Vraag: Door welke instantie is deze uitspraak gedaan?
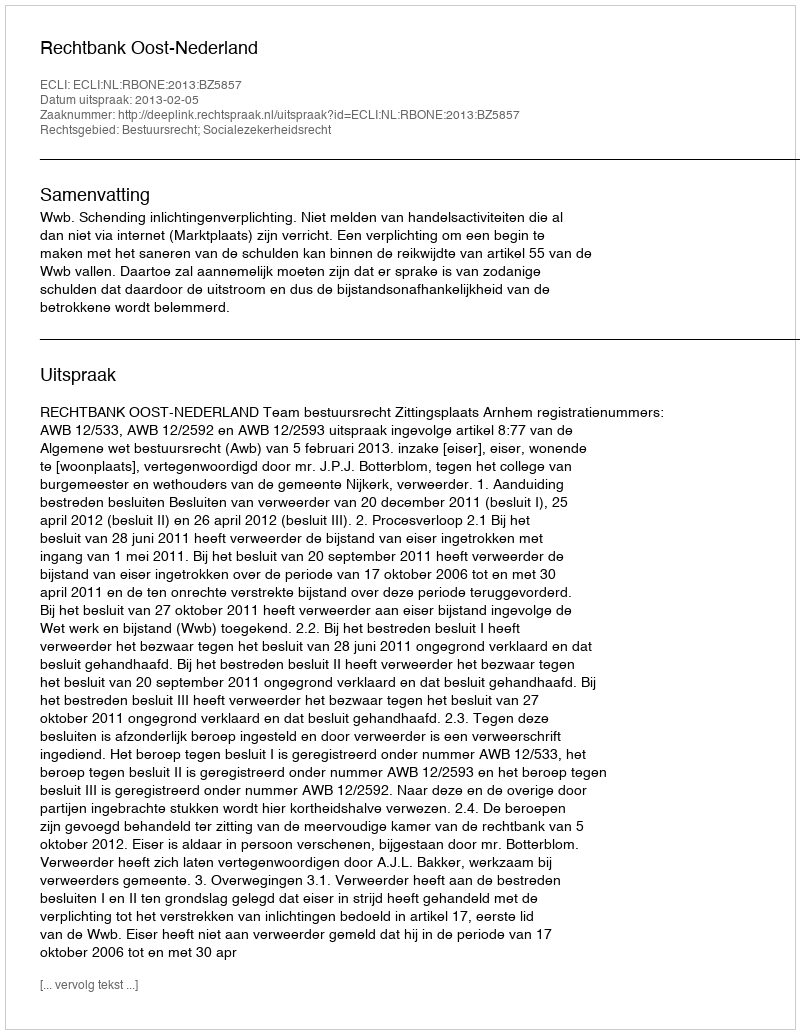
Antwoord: Rechtbank Oost-Nederland